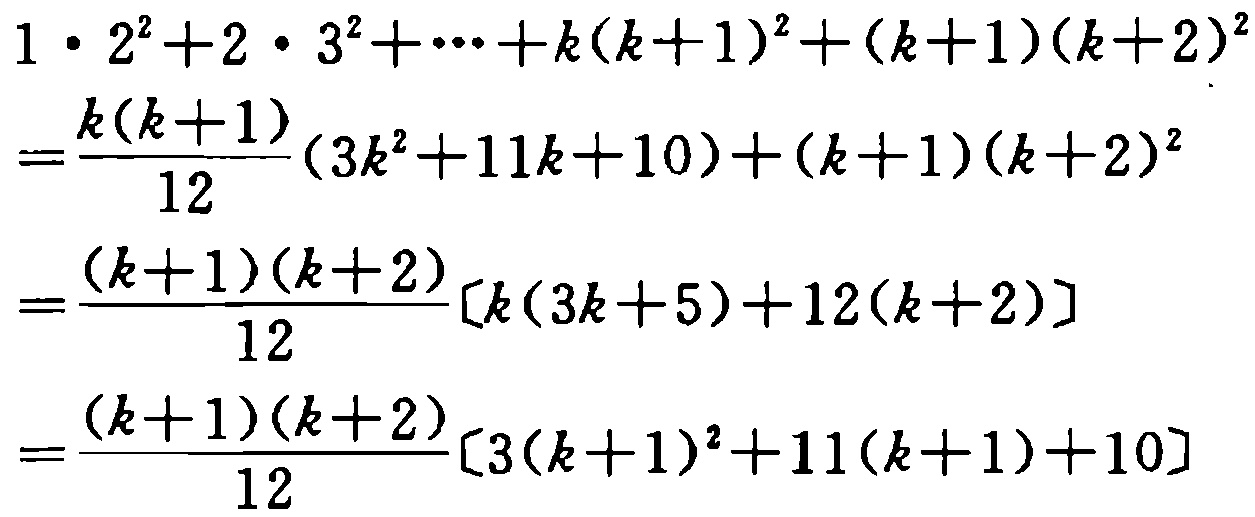
\[

\begin{align*}

&1\cdot2^{2}+2\cdot3^{2}+\cdots +k(k + 1)^{2}+(k + 1)(k + 2)^{2}\\

=&\frac{k(k + 1)}{12}(3k^{2}+11k + 10)+(k + 1)(k + 2)^{2}\\

=&\frac{(k + 1)(k + 2)}{12}[k(3k + 5)+12(k + 2)]\\

=&\frac{(k + 1)(k + 2)}{12}[3(k + 1)^{2}+11(k + 1)+10]

\end{align*}

\]